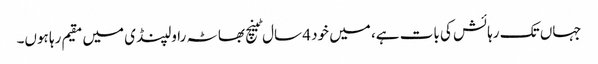
جہاں تک رہائش کی بات ہے، میں خود 4 سال ٹینچ بھاٹہ راولپنڈی میں مقیم رہا ہوں۔